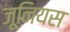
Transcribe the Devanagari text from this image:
जूनियस